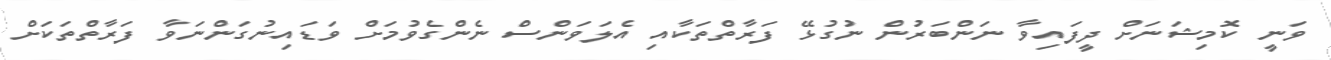
ވަނީ ކޮމިޝަނަށް ދީފައިވާ ނަންބަރުން ނުގުޅޭ ފަރާތްތަކާއި އެލަވަންސް ނެންގެވުމަށް ވަޑައިނުގަންނަވާ ފަރާތްތަކަށް